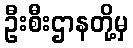
ဦးစီးဌာနတို့မှ